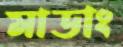
মাডাং